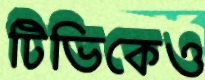
টিভিকেও